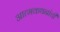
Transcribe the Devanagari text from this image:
आत्मकथनांची